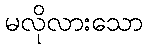
မလိုလားသော